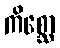
ကိစ္ဆော